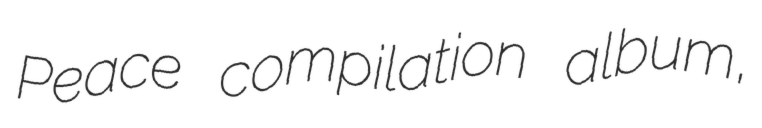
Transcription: Peace compilation album,